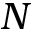
N